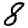
Digit: 8